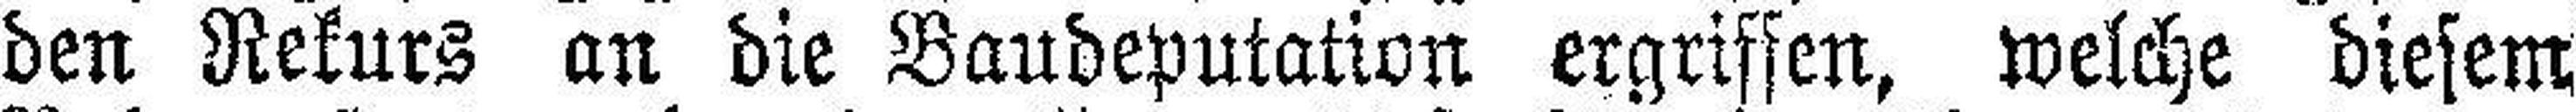
den Rekurs an die Baudeputation ergriffen, welche diesem